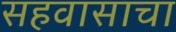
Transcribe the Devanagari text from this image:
सहवासाचा